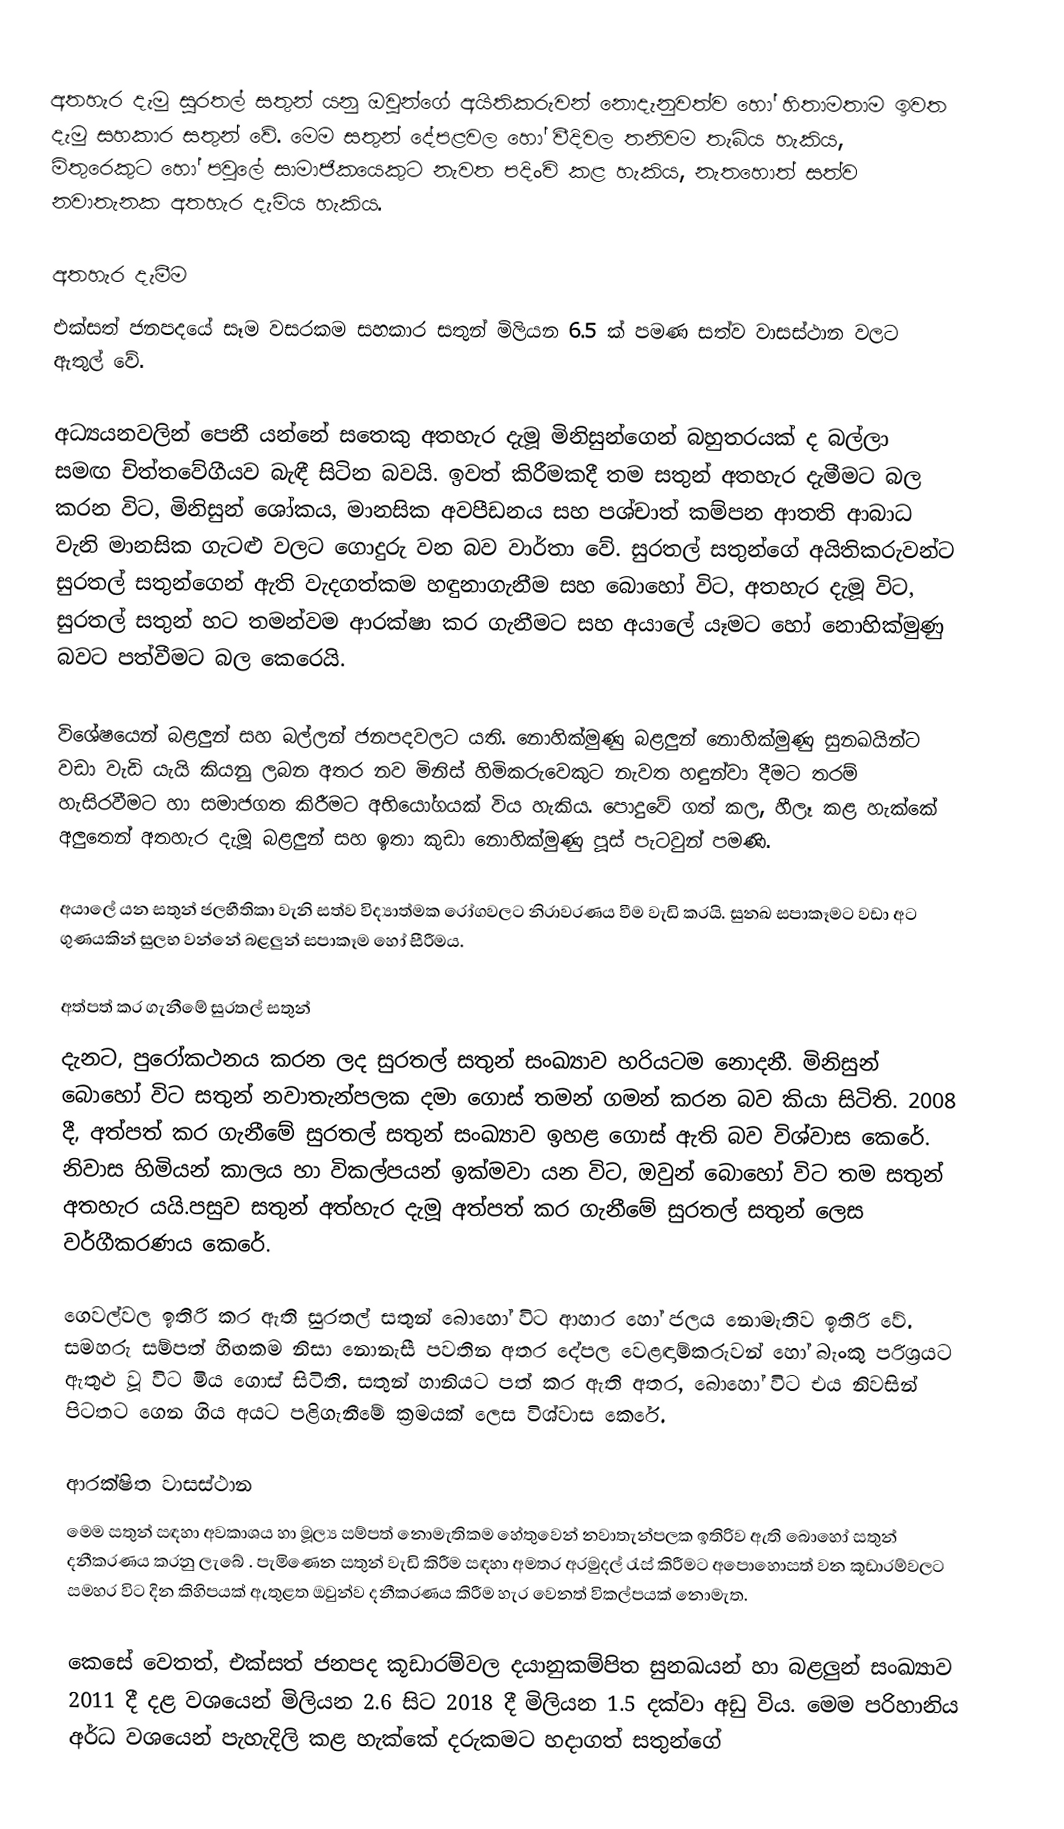
අතහැර දැමු සුරතල් සතුන් යනු ඔවුන්ගේ අයිතිකරුවන් නොදැනුවත්ව හෝ හිතාමතාම ඉවත දැමු සහකාර සතුන් වේ. මෙම සතුන් දේපළවල හෝ වීදිවල තනිවම තැබිය හැකිය, මිතුරෙකුට හෝ පවුලේ සාමාජිකයෙකුට නැවත පදිංචි කළ හැකිය, නැතහොත් සත්ව නවාතැනක අතහැර දැමිය හැකිය.

අතහැර දැමීම
එක්සත් ජනපදයේ සෑම වසරකම සහකාර සතුන් මිලියන 6.5 ක් පමණ සත්ව වාසස්ථාන  වලට ඇතුල් වේ.

අධ්‍යයනවලින් පෙනී යන්නේ සතෙකු අතහැර දැමූ මිනිසුන්ගෙන් බහුතරයක් ද බල්ලා සමඟ චිත්තවේගීයව බැඳී සිටින බවයි. ඉවත් කිරීමකදී තම සතුන් අතහැර දැමීමට බල කරන විට, මිනිසුන් ශෝකය, මානසික අවපීඩනය සහ පශ්චාත් කම්පන ආතති ආබාධ වැනි මානසික ගැටළු වලට ගොදුරු වන බව වාර්තා වේ. සුරතල් සතුන්ගේ අයිතිකරුවන්ට සුරතල් සතුන්ගෙන් ඇති වැදගත්කම හඳුනාගැනීම සහ බොහෝ විට, අතහැර දැමූ විට, සුරතල් සතුන් හට තමන්වම ආරක්ෂා කර ගැනීමට සහ අයාලේ යෑමට හෝ නොහික්මුණු බවට පත්වීමට බල කෙරෙයි.

විශේෂයෙන් බළලුන් සහ බල්ලන් ජනපදවලට යති. නොහික්මුණු බළලුන් නොහික්මුණු සුනඛයින්ට වඩා වැඩි යැයි කියනු ලබන අතර නව මිනිස් හිමිකරුවෙකුට නැවත හඳුන්වා දීමට තරම් හැසිරවීමට හා සමාජගත කිරීමට අභියෝගයක් විය හැකිය. පොදුවේ ගත් කල, හීලෑ කළ හැක්කේ අලුතෙන් අතහැර දැමූ බළලුන් සහ ඉතා කුඩා නොහික්මුණු පූස් පැටවුන් පමණි.

අයාලේ යන සතුන් ජලභීතිකා වැනි සත්ව විද්‍යාත්මක රෝගවලට නිරාවරණය වීම වැඩි කරයි. සුනඛ සපාකෑමට වඩා අට ගුණයකින් සුලභ වන්නේ බළලුන් සපාකෑම හෝ සීරීමය.

අත්පත් කර ගැනීමේ සුරතල් සතුන්
දැනට, පුරෝකථනය කරන ලද සුරතල් සතුන් සංඛ්‍යාව හරියටම නොදනී. මිනිසුන් බොහෝ විට සතුන් නවාතැන්පලක දමා ගොස් තමන් ගමන් කරන බව කියා සිටිති. 2008 දී, අත්පත් කර ගැනීමේ සුරතල් සතුන් සංඛ්‍යාව ඉහළ ගොස් ඇති බව විශ්වාස කෙරේ. නිවාස හිමියන් කාලය හා විකල්පයන් ඉක්මවා යන විට, ඔවුන් බොහෝ විට තම සතුන් අතහැර යයි.පසුව සතුන් අත්හැර දැමූ අත්පත් කර ගැනීමේ සුරතල් සතුන් ලෙස වර්ගීකරණය කෙරේ.

ගෙවල්වල ඉතිරි කර ඇති සුරතල් සතුන් බොහෝ විට ආහාර හෝ ජලය නොමැතිව ඉතිරි වේ. සමහරු සම්පත් හිඟකම නිසා නොනැසී පවතින අතර දේපල වෙළඳාම්කරුවන් හෝ බැංකු පරිශ්‍රයට ඇතුළු වූ විට මිය ගොස් සිටිති. සතුන් හානියට පත් කර ඇති අතර, බොහෝ විට එය නිවසින් පිටතට ගෙන ගිය අයට පළිගැනීමේ ක්‍රමයක් ලෙස විශ්වාස කෙරේ.

ආරක්ෂිත වාසස්ථාන
මෙම සතුන් සඳහා අවකාශය හා මූල්‍ය සම්පත් නොමැතිකම හේතුවෙන් නවාතැන්පලක ඉතිරිව ඇති බොහෝ සතුන් දනීකරණය කරනු ලැබේ . පැමිණෙන සතුන් වැඩි කිරීම සඳහා අමතර අරමුදල් රැස් කිරීමට අපොහොසත් වන කූඩාරම්වලට සමහර විට දින කිහිපයක් ඇතුළත ඔවුන්ව දනීකරණය කිරීම හැර වෙනත් විකල්පයක් නොමැත.

කෙසේ වෙතත්, එක්සත් ජනපද කූඩාරම්වල දයානුකම්පිත සුනඛයන් හා බළලුන් සංඛ්‍යාව 2011 දී දළ වශයෙන් මිලියන 2.6 සිට 2018 දී මිලියන 1.5 දක්වා අඩු විය. මෙම පරිහානිය අර්ධ වශයෙන් පැහැදිලි කළ හැක්කේ දරුකමට හදාගත් සතුන්ගේ